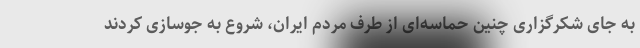
به جای شکرگزاری چنین حماسه‌ای از طرف مردم ایران، شروع به جوسازی کردند